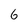
Character: 6